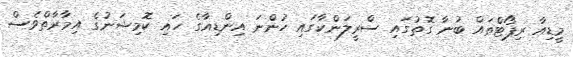
މީޑިއާ ރިޕޯޓްތައް ބުނާ ގޮތުގައި ސްރީލަންކާގައި ހުންނަ އިންޑިއާގެ ހައި ކޮމިޝަނުގެ އިމާރާތްވެސް